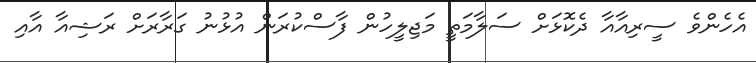
އެހެންވެ ސީރިއާއާ ދެކޮޅަށް ސަލާމަތީ މަޖިލީހުން ފާސްކުރަން އުޅުނު ގަރާރަށް ރަޝިއާ އާއި